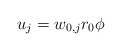
\begin{align*}u_j =w_{0,j} r_0 \phi\end{align*}